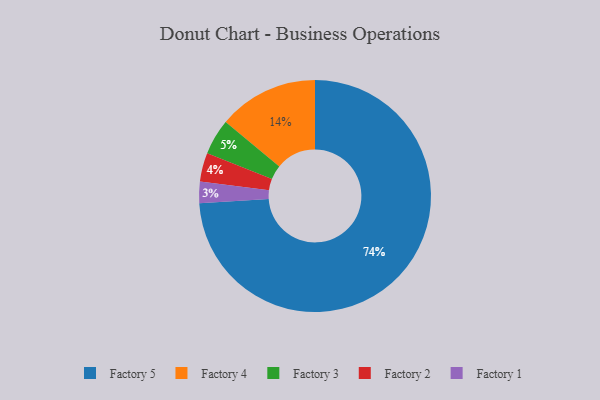
{"axis": {"x": "Category", "y": "Percentage"}, "legend": ["Factory 1", "Factory 2", "Factory 3", "Factory 4", "Factory 5"], "data": [{"x": "Factory 4", "y": 14, "type": "Factory 4"}, {"x": "Factory 5", "y": 74, "type": "Factory 5"}, {"x": "Factory 2", "y": 4, "type": "Factory 2"}, {"x": "Factory 1", "y": 3, "type": "Factory 1"}, {"x": "Factory 3", "y": 5, "type": "Factory 3"}]}